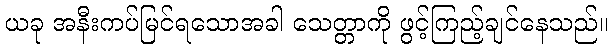
ယခု အနီးကပ်မြင်ရသောအခါ သေတ္တာကို ဖွင့်ကြည့်ချင်နေသည်။